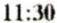
11:30